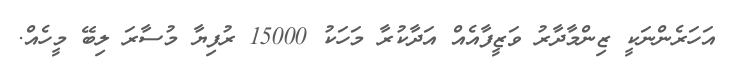
އަހަރެންނަކީ ޒިންމާދާރު ވަޒީފާއެއް އަދާކުރާ މަހަކު 15000 ރުފިޔާ މުސާރަ ލިބޭ މީހެއް.